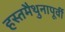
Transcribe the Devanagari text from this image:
हस्तमैथुनापूर्वी